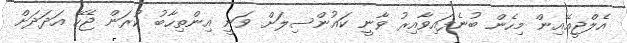
އެލްޖީއޭއިން މިހެން ބުނެފައިވާއިރު ވާނީ ކައުންސިލަށް ވަނީ އިންތިހާބު ކުރަން ޖެހޭ އަދަދަށް